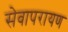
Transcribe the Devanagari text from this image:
सेवापरायण